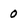
Character: 0